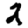
Digit: 2